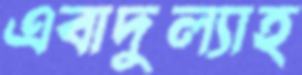
এবাদুল্যাহ